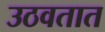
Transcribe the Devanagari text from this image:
उठवतात